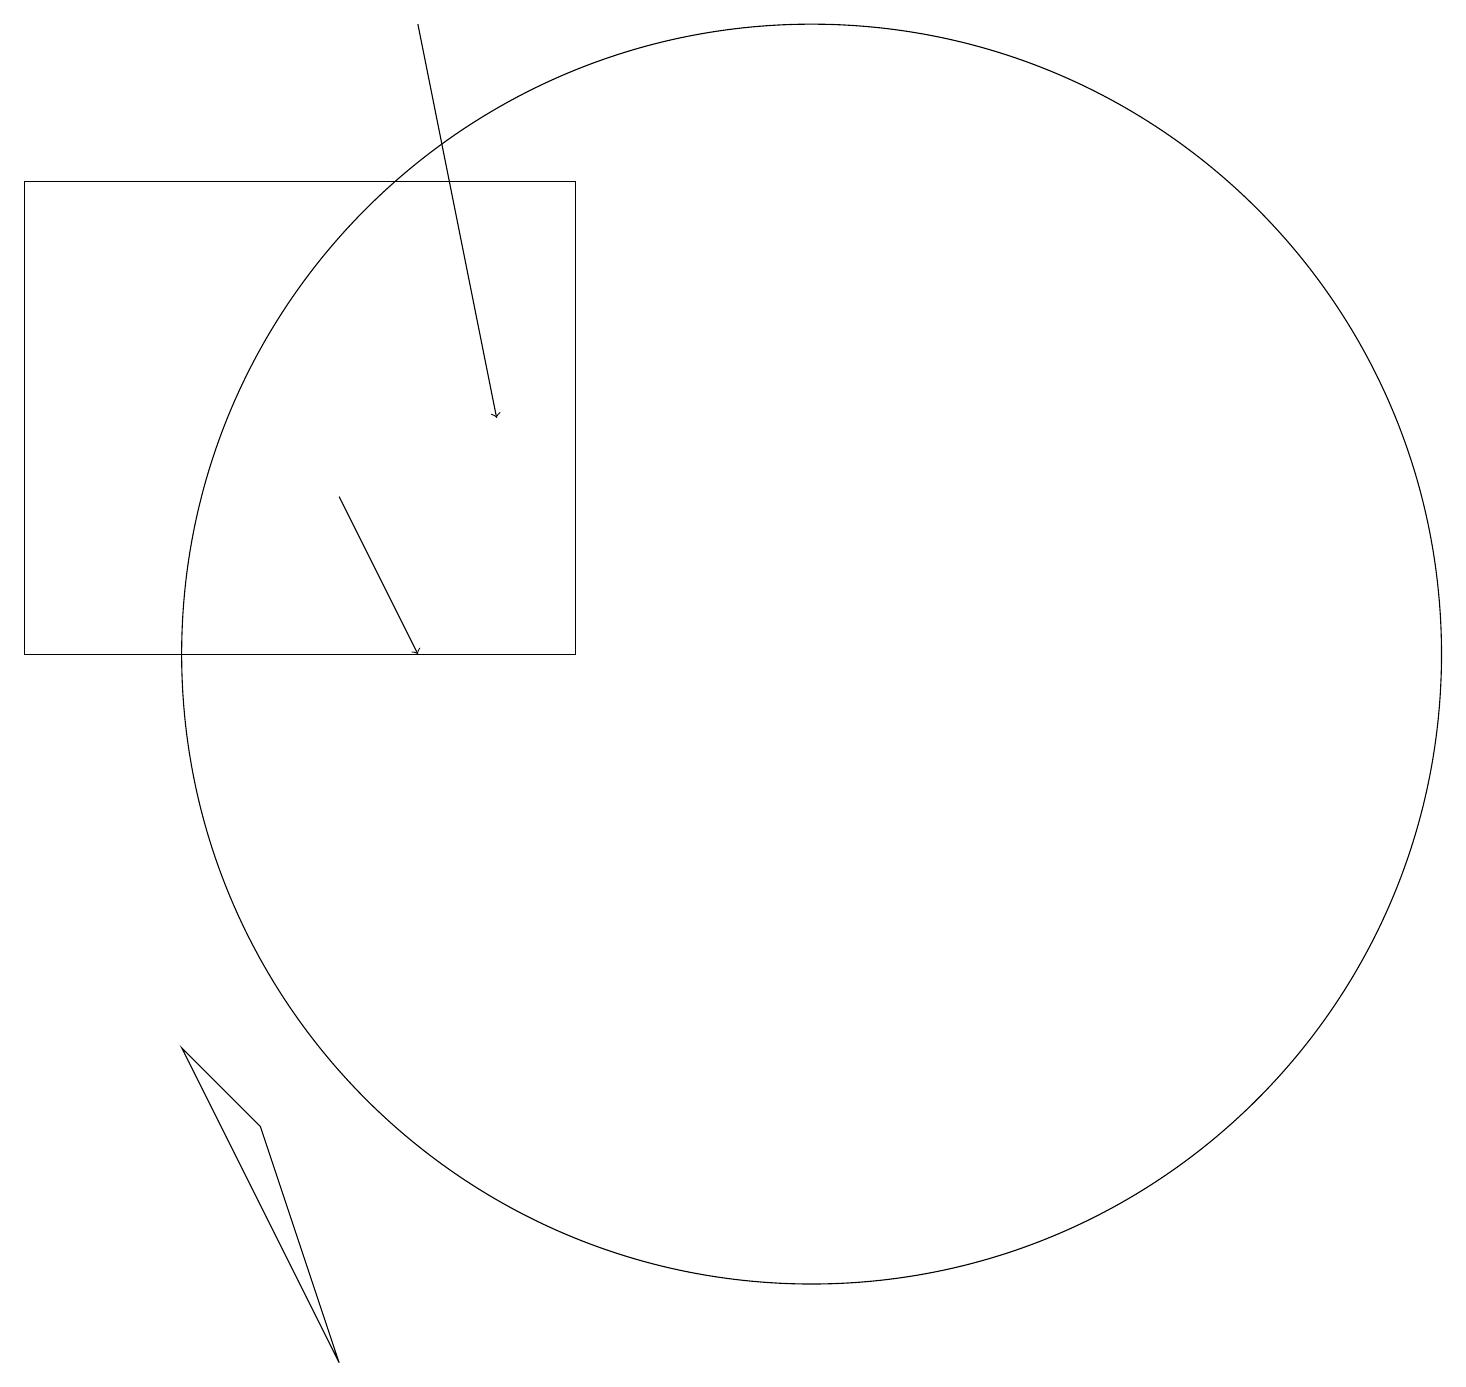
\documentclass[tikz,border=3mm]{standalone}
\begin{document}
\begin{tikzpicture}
\draw (0,10) rectangle (7,16);
\draw (4,1) -- (2,5) -- (3,4) -- cycle;
\draw[->] (4,12) -- (5,10);
\draw[->] (5,18) -- (6,13);
\draw (10,10) circle (8);
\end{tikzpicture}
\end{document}